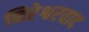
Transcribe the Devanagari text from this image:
निरेश्वरवाद